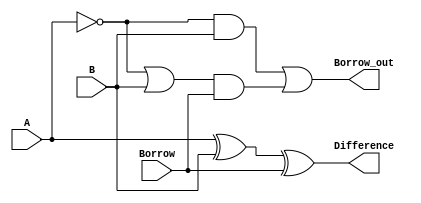
module Full_Subtractor (
    input A,
    input B,
    input Borrow,
    output Difference,
    output Borrow_out
);

assign Difference = A ^ B ^ Borrow;
assign Borrow_out = (~A & B) | ((~A | B) & Borrow);

endmodule